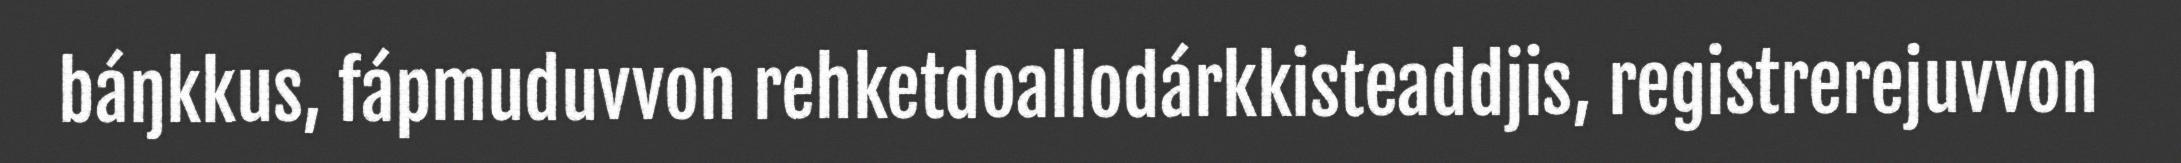
báŋkkus, fápmuduvvon rehketdoallodárkkisteaddjis, registrerejuvvon